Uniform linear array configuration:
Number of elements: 8
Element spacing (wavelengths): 0.25
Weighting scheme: blackman
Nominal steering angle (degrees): -45
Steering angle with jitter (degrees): -45.505
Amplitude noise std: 0.05
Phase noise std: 0.05

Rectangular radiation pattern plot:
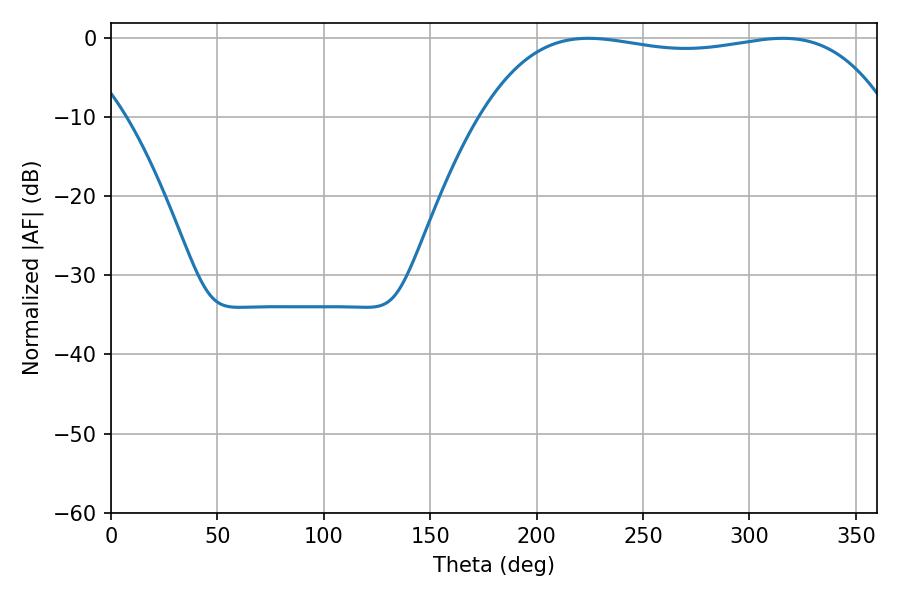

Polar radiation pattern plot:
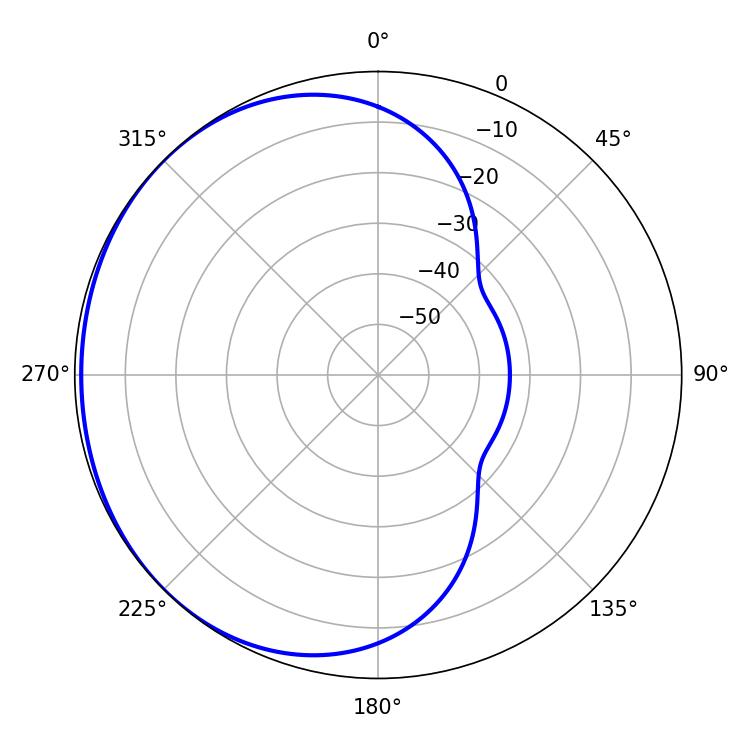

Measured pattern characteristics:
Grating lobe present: FALSE
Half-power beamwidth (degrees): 152.64
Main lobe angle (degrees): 224.28